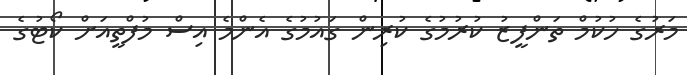
މަރުގެ ހުކުމް ތަންފީޒު ކުރުމުގެ ކުރިން ގައުމުގެ އެންމެ އިސް މުފްތީއަށް ކޯޓުގެ